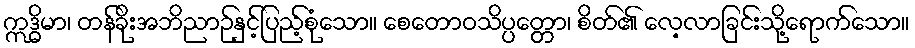
ဣဒ္ဓိမာ၊ တန်ခိုးအဘိညာဉ်နှင့်ပြည့်စုံသော။ စေတောဝသိပ္ပတ္တော၊ စိတ်၏ လေ့လာခြင်းသို့ရောက်သော။